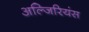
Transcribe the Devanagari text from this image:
अल्जिरियंस